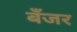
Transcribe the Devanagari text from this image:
बँजर